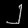
Digit: ၂